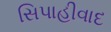
સિપાહીવાદ